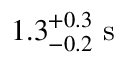
1 . 3 _ { - 0 . 2 } ^ { + 0 . 3 } \mathrm { ~ s ~ }